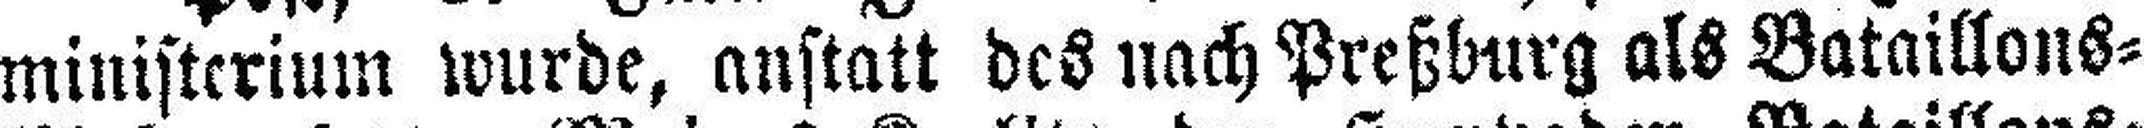
ministerium wurde, anstatt des nach Preßburg als Bataillons=